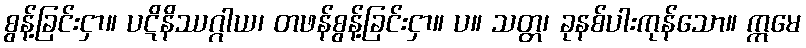
စွန့်ခြင်းငှာ။ ပဋိနိဿဂ္ဂါယ၊ တဖန်စွန့်ခြင်းငှာ။ ပ။ သတ္တ၊ ခုနစ်ပါးကုန်သော။ ဣမေ